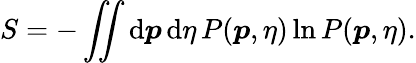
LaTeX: S=-\iint\mathrm{d}\boldsymbol{p}\, \mathrm{d}\eta\, P(\boldsymbol{p},\eta)\ln P(\boldsymbol{p},\eta).